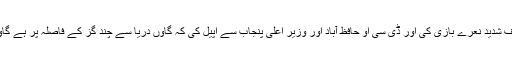
مظاہرین نے کرپٹ ٹھیکیدار کے خلاف شدید نعرے بازی کی اور ڈی سی او حافظ آباد اور وزیر اعلی پنجاب سے اپیل کی کہ گاوں دریا سے چند گز کے فاصلہ پر ہے گاوں کودریا برد ہونے سے بچایا جائے۔